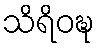
သိရိဝဍ္ဎ